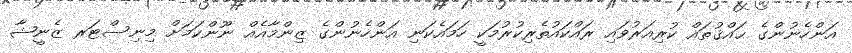
އަންހެނުންގެ ޙައްޤުތައް ކުރިއަރުވައި ރައްކައުތެރިކުރުމަކީ ހަމައެކަނި އަންހެނުންގެ ޒިންމާއެއް ނޫންކަމަށް މިނިސްޓަރ ޒެނީޝާ